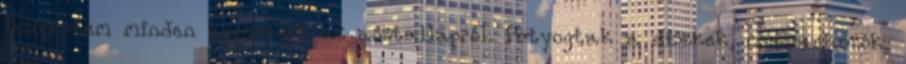
lesöpörtem minden apróságot az asztallapról. Potyogtak a diszkek, csavarhúzók,